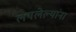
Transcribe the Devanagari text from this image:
लपलेल्‍यांना